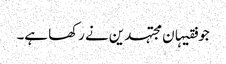
جو فقیہان مجتہدین نے رکھا ہے۔